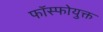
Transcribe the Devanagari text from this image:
फॉस्फोयुक्त